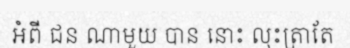
អំពី ជន ណាមួយ បាន នោះ លុះត្រាតែ